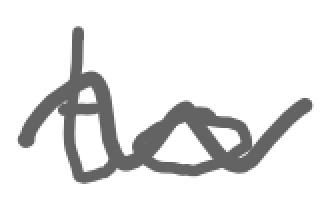
Text: to
Cross-out: wave
Writing tool: digital_gray